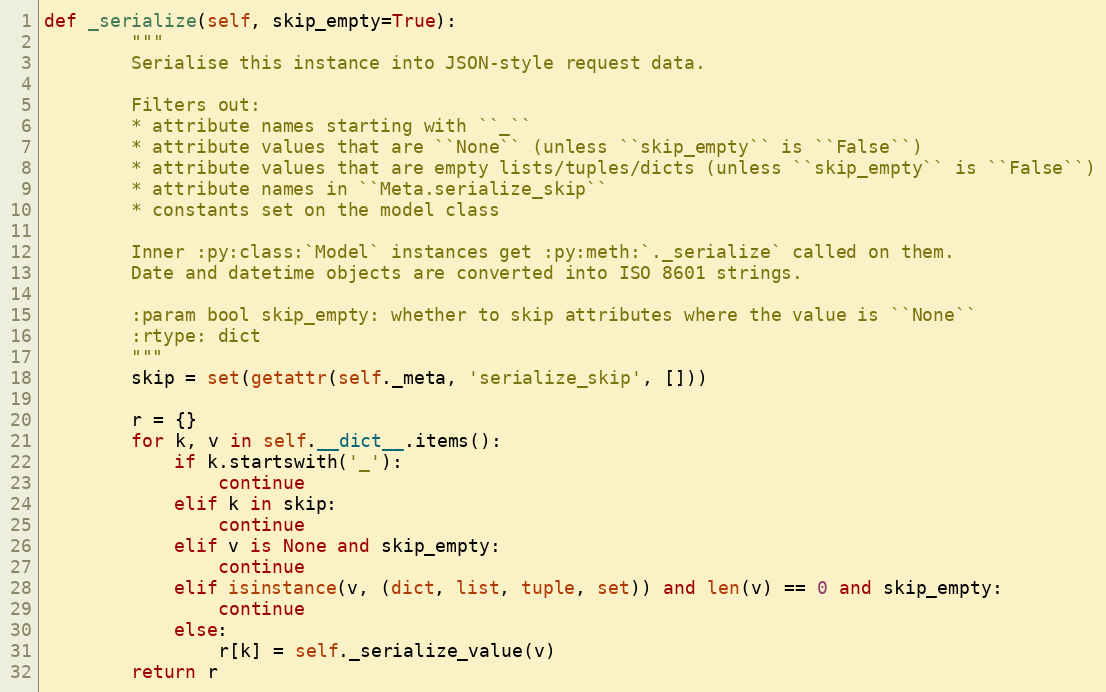
Language: Python
def _serialize(self, skip_empty=True):
        """
        Serialise this instance into JSON-style request data.

        Filters out:
        * attribute names starting with ``_``
        * attribute values that are ``None`` (unless ``skip_empty`` is ``False``)
        * attribute values that are empty lists/tuples/dicts (unless ``skip_empty`` is ``False``)
        * attribute names in ``Meta.serialize_skip``
        * constants set on the model class

        Inner :py:class:`Model` instances get :py:meth:`._serialize` called on them.
        Date and datetime objects are converted into ISO 8601 strings.

        :param bool skip_empty: whether to skip attributes where the value is ``None``
        :rtype: dict
        """
        skip = set(getattr(self._meta, 'serialize_skip', []))

        r = {}
        for k, v in self.__dict__.items():
            if k.startswith('_'):
                continue
            elif k in skip:
                continue
            elif v is None and skip_empty:
                continue
            elif isinstance(v, (dict, list, tuple, set)) and len(v) == 0 and skip_empty:
                continue
            else:
                r[k] = self._serialize_value(v)
        return r